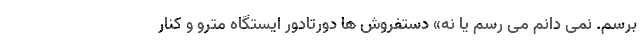
برسم. نمی دانم می رسم یا نه» دستفروش ها دورتادور ایستگاه مترو و کنار